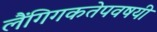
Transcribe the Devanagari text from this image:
लैंगिगकतेपवषयी